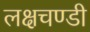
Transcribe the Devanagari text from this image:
लक्षचण्डी